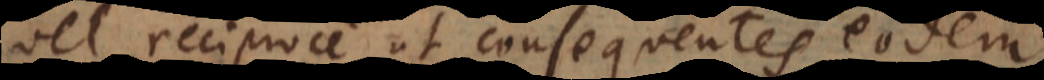
vel reciproce ut consequentes eodem